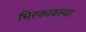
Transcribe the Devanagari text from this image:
भिरकावल्या